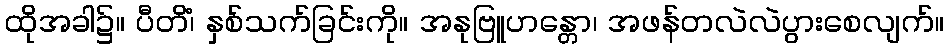
ထိုအခါ၌။ ပီတိံ၊ နှစ်သက်ခြင်းကို။ အနုဗြူဟန္တော၊ အဖန်တလဲလဲပွားစေလျက်။